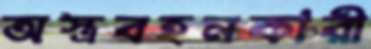
অস্ত্রবহনকারী